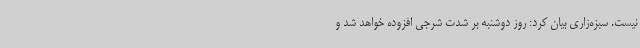
نیست. سبزه‌زاری بیان کرد: روز دوشنبه بر شدت شرجی افزوده خواهد شد و